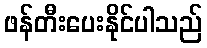
ဖန်တီးပေးနိုင်ပါသည်